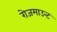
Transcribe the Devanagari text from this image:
रोजमाउन्ट